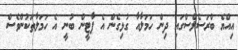
އިއްޔެ ބްރަސެލްސްގައި ދިން ހަމަލާއާ ގުޅިގެން އެ ޕާޓީން ބުނީ އެ ހަމަލާތަކުންވެސް